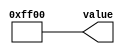
module K_value_g_Holder (
 
  output reg [15:0] value
);

 
    initial begin
      value <= 16'hFF00;
    end
  

endmodule